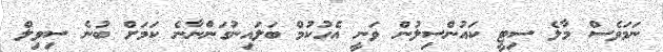
ނަމަވެސް މާލެ ސިޓީ ކައުންސިލުން ވަނީ އެހުކުމް ބަލައިނުގަންނާނެ ކަމަށް ބުނެ ސިވިލް